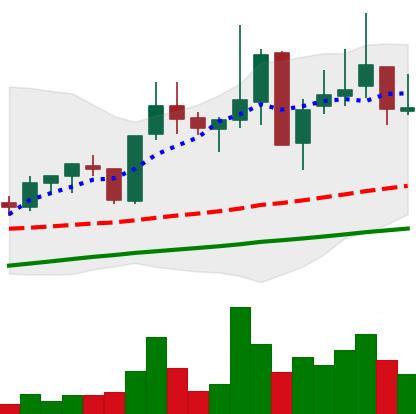
Ticker: XLM-USD
Chart end date: 2021-05-18
Forward return: -43.162%
Label: down_7plus